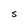
Character: S